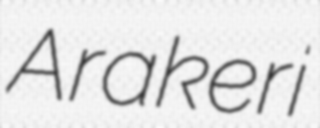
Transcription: Arakeri